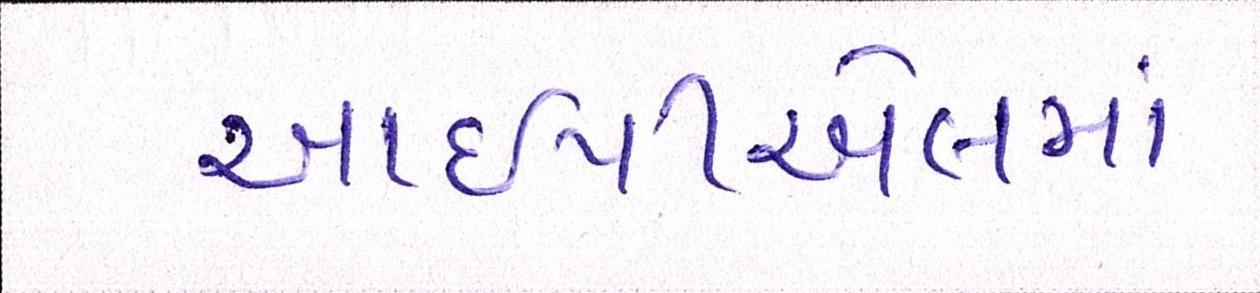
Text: આઇપીએલમાં